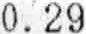
0.29